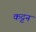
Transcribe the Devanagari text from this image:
कट्टन